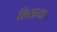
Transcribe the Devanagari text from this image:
शिखया